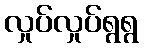
လှုပ်လှုပ်ရွရွ